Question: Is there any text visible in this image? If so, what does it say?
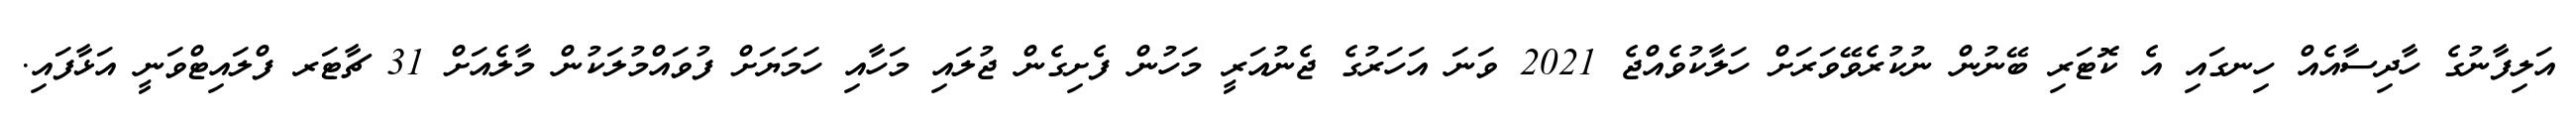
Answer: އަލިފާނުގެ ހާދިސާއެއް ހިނގައި އެ ކޮޓަރި ބޭނުން ނުކުރެވޭވަރަށް ހަލާކުވެއްޖެ 2021 ވަނަ އަހަރުގެ ޖެނުއަރީ މަހުން ފެށިގެން ޖުލައި މަހާއި ހަމަޔަށް ފުވައްމުލަކުން މާލެއަށް 31 ޗާޓަރ ފްލައިޓްވަނީ އަޅާފައި.